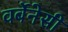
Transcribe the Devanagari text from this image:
वर्बेनेसी